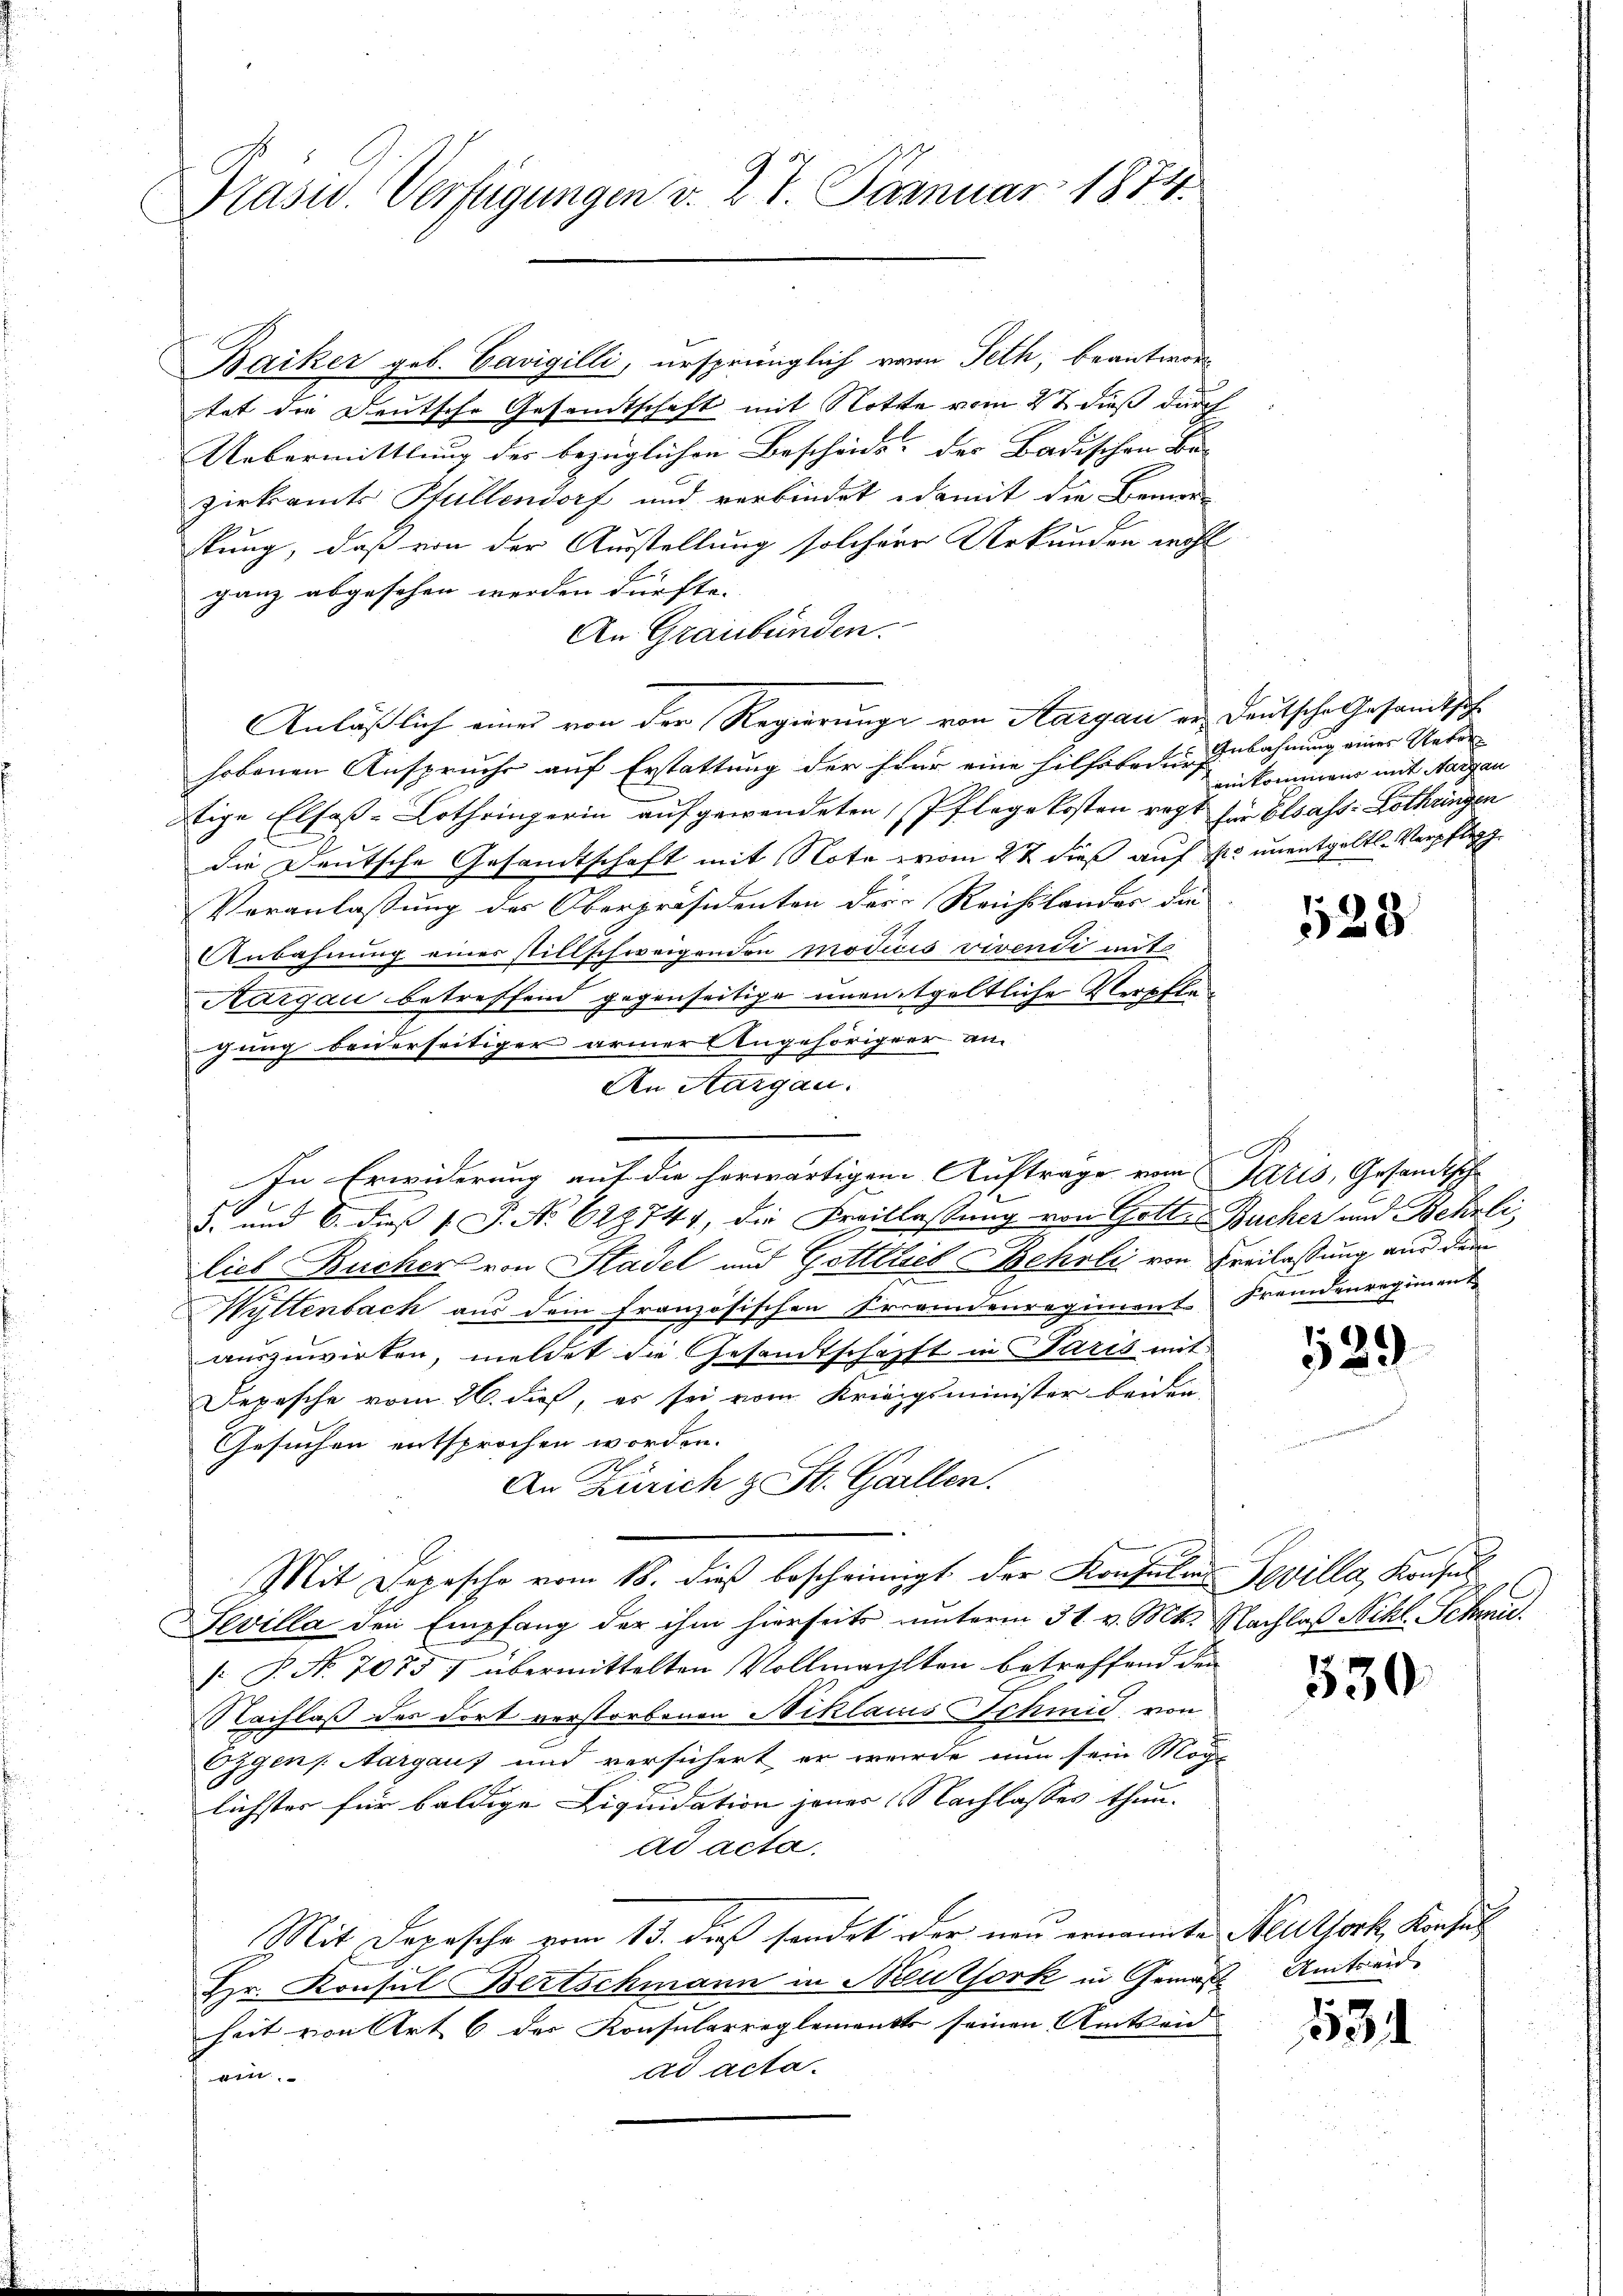
Präsid. Verfügungen v. 27. Januar 1874.

Baiker geb. Cavigilli, ursprünglich vom Peth, beantwor
tat die Deutsche Gesandtschaft mit Rotte vom 27. dieß durch
Uebermittlung der bezüglichen Bescheids, der Badischen Be- |
zirksamts Pfullendorf und verbindet damit die Bemer-
stung, daß von der Ausstellung solcher Urkunden wohl
ganz abgesehen werden dürfte. |
An Graubünden.
Anläßlich eines von der Regierunge von Aargau er deutsche Gesandtsch
hobenen Anspruche auf Erstattung der Frar eine hilfoben, u. Anbahnung einer Unter-
tige Elfoß-Lothringerin aufgewendeten Pflegekosten regt für besass-Lothringen
die Deutsche Gesandtschaft mit Note vom 22 dieß auf so unentgelt. Verpfleg
Veranlassung des Oberpräsidenten der Reichslander die
Anbahnung einer stillschweigenden modicis vivendi mit
Aargau betreffend gegenseitige unentgeltliche Verpflegung beiderseitiger armer Angehöriger an
An Aargau.
In Erwiderung auf die herwärtigen Auftrage vom Paris, Gesandtsch
.
3. und 6. dieß P. No 628 747, die Kreislassung von Gott Bucher und Behrli
lieb Bücher von Stadel und Getttlieb Behrli von Freilassung aus dem
Wyttenbach aus dem französischen Fremdenregiment Fremdenregiment
auszuwirken, meldet die Gesandtschafft in Paris mit
Depesche vom 26. dieß, es sei vom Kriegsminister beiden
Gesuchen entsprochen worden.
An Zürich z. St. Gallen.
Mit Depesche vom 18. dieß bescheinigt der Konsula Sovilla, Konsul
Sevilla den Empfang der ihm hierseits unterm 31. v. Mts. Nachlaß Nikl. Schmid¬
: P. Nr. 7075 / übermittelten Vollmachten betreffend den
Nachlaß des dort verstorbenen Niklaus Schmid von
Ezgens Aargaus und versichert er wurde nun sein Mög-
h
lichster für baldige Liquidation jener Nachlasses thun.
ad acta.
Mit Depesche vom 13. dieß sondet der neu ernannte Nelltfork, Konsul
Hr. Konsul Bertschmann in Neuthork in Gemäßheit von Art 6 der Konsularreglements seinen Amtseid
ad acta.
ttt

einkommen mit Sargau

1528

529

530.

Umtseide |

531